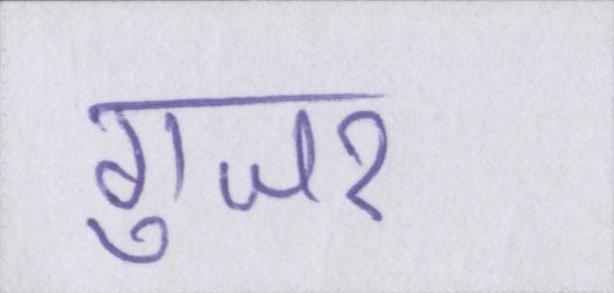
गुजर